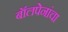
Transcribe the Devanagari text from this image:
बॉलपेनांचा